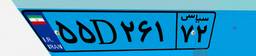
۰۵D۹۵۱۲۳